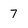
Character: 7